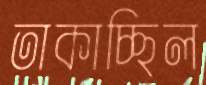
তাকাচ্ছিল